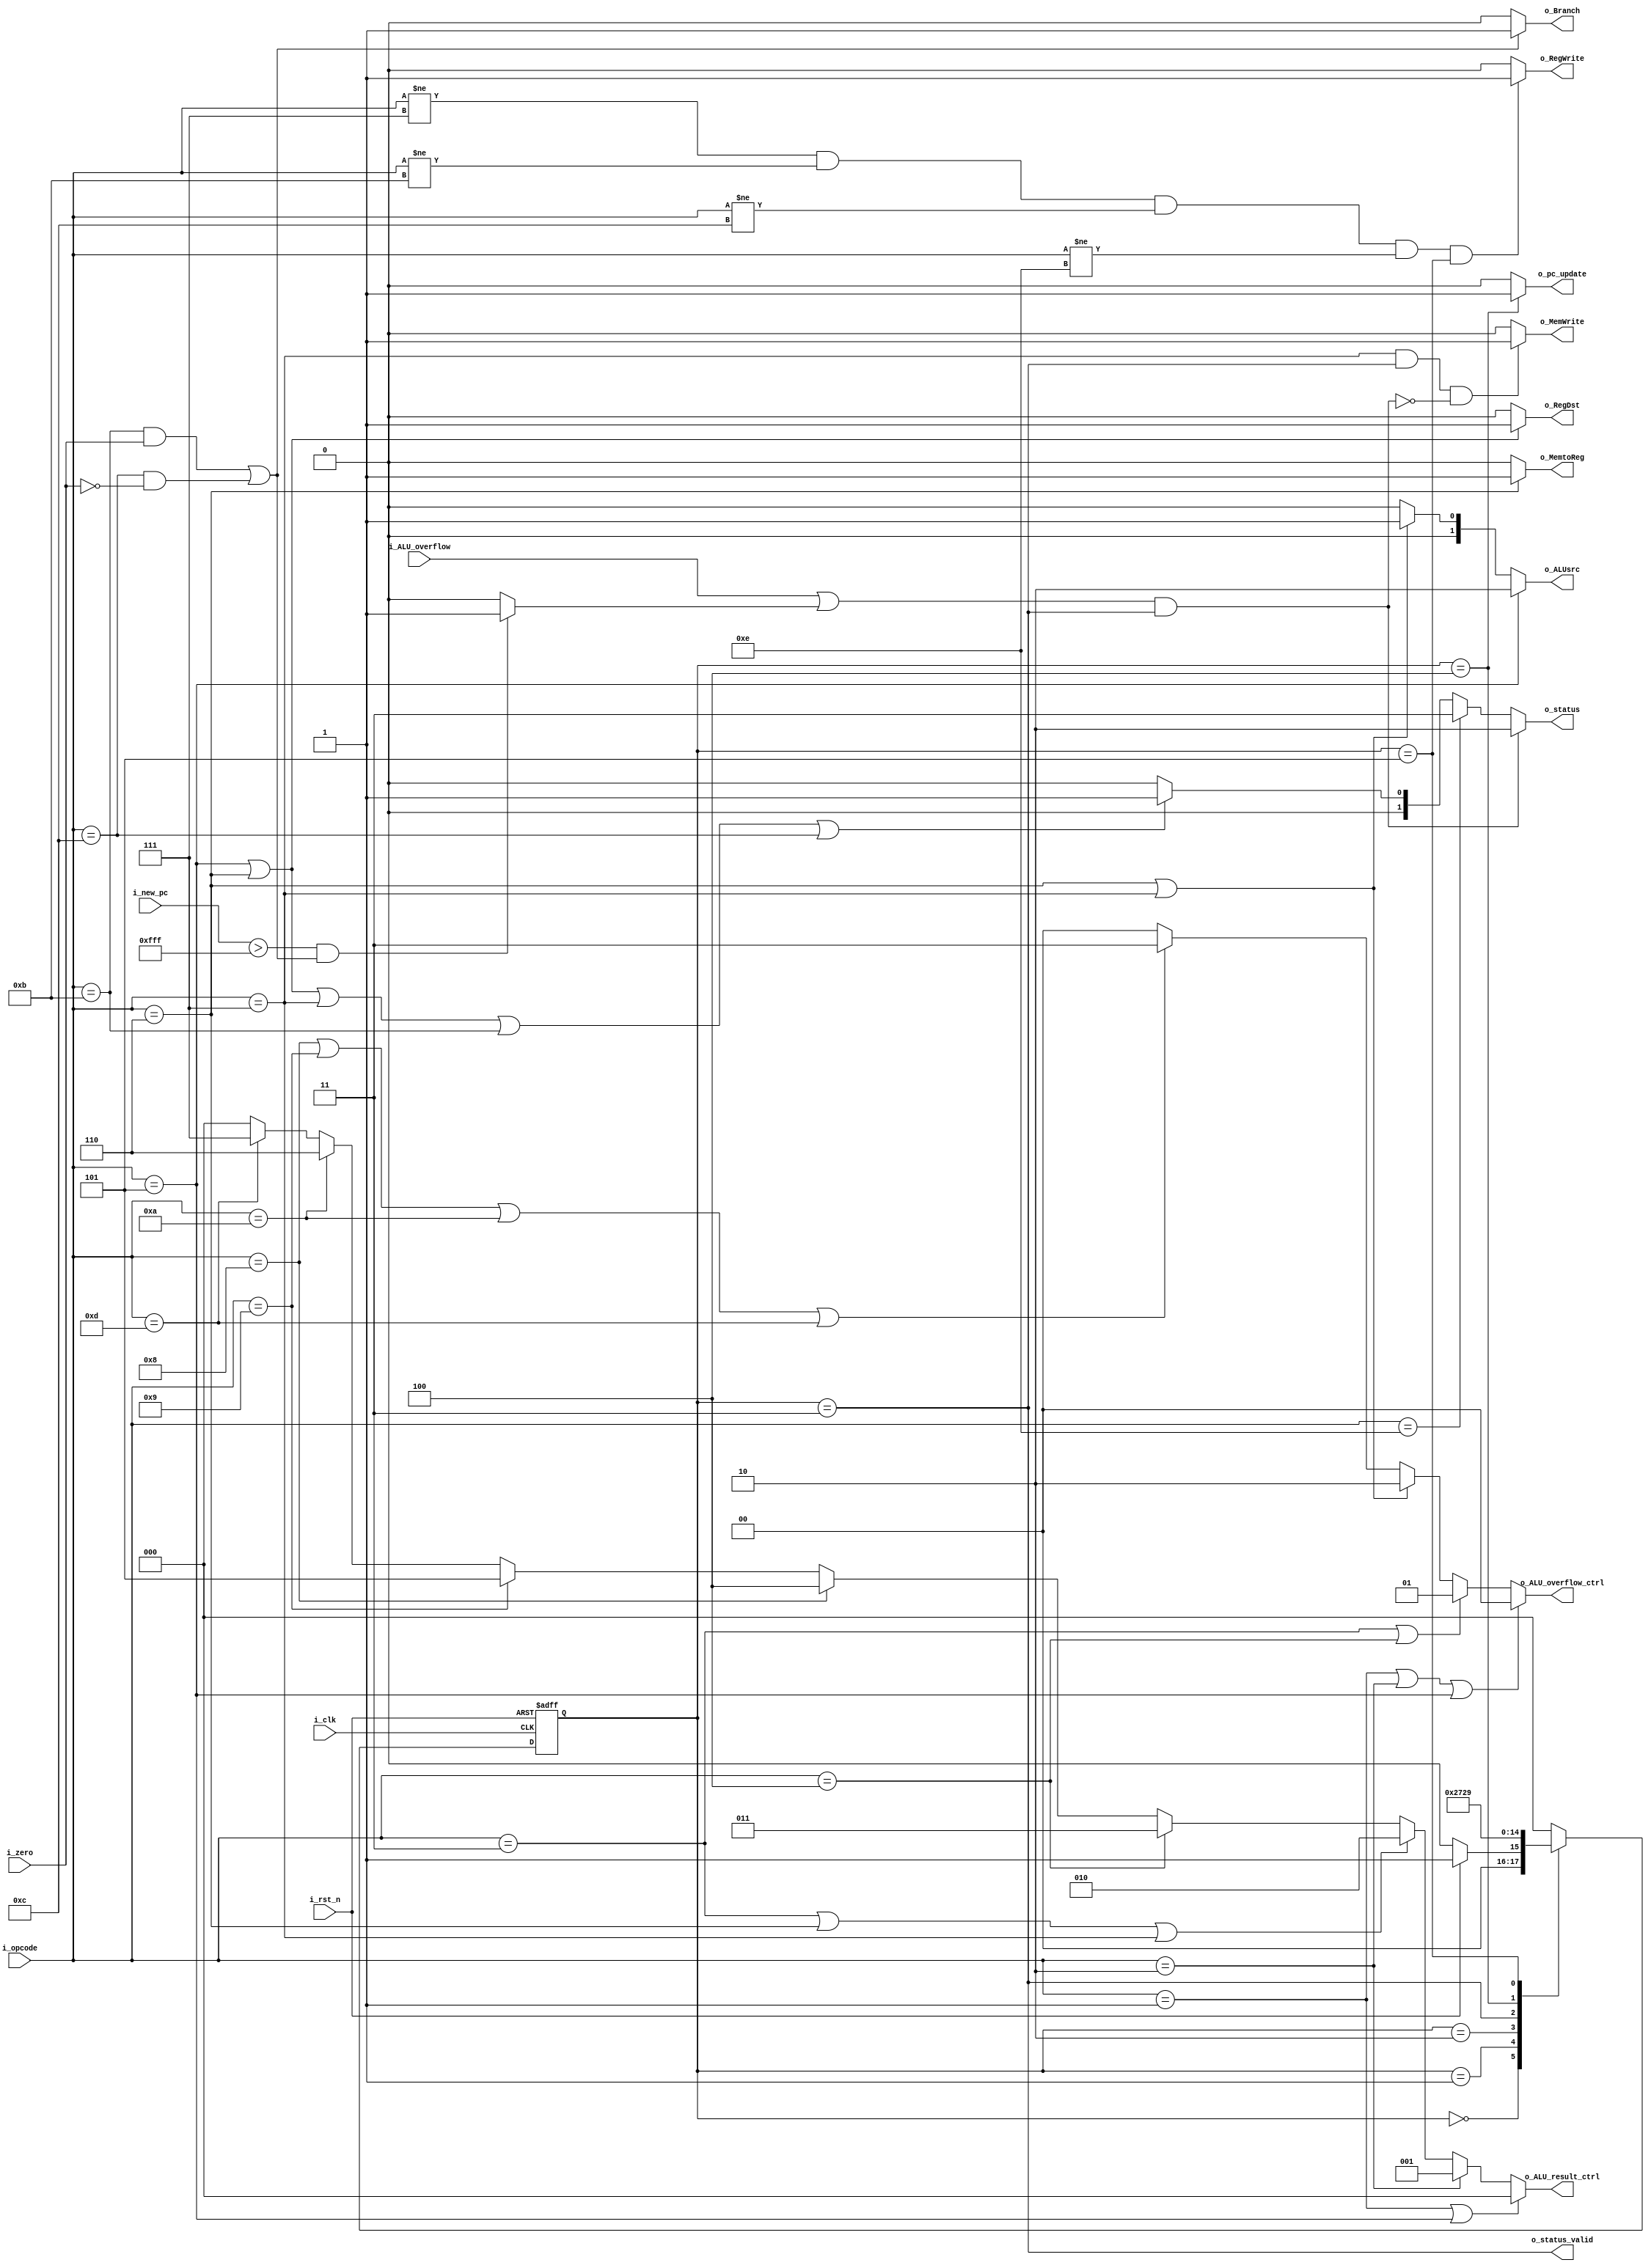
`timescale 1ns/100ps
module control(
  input        i_clk,
  input [5:0]  i_opcode,
  input        i_rst_n,
  input        i_zero,
  input [33:0] i_new_pc,
  input        i_ALU_overflow,
  
  output           o_RegDst,
  output           o_Branch,
  output           o_MemWrite,
  output           o_MemtoReg,
  output     [1:0] o_ALUsrc,
  output           o_RegWrite,
  output reg [2:0] o_ALU_result_ctrl,
  output reg [1:0] o_ALU_overflow_ctrl,
  output           o_pc_update,
  output [1:0]     o_status,
  output           o_status_valid
);
  
  parameter  RST = 3'b000,
             IF  = 3'b001,
             ID  = 3'b010,
             EX  = 3'b011,
             MEM = 3'b100,
             WB  = 3'b101;
  
  reg [2:0] state;
  reg [2:0] n_state;
  wire overflow;
  wire overflow_2;
  //wire overflow_3;
  
  assign overflow = (i_ALU_overflow || overflow_2) && (state==EX);            //overflow occur, trigger the signal on state EX
  assign overflow_2 = (i_new_pc>34'd4095 && (i_opcode==6'd11&&i_zero || i_opcode==6'd12&&(~i_zero)))?1'b1:1'b0;                                        //I memory overflow
  //assign overflow_3 = (i_dmem_addr>33'd255 && (i_opcode==6'd6 || i_opcode==6'd7))?1'b1:1'b0;//D memory overflow
  
  assign o_status = (overflow)?2'd2:
                    (i_opcode==6'd14)?2'd3:
                    (i_opcode==6'd5 || i_opcode==6'd6 || i_opcode==6'd7 || i_opcode==6'd11 || i_opcode==6'd12)?2'd1:
                    2'd0;
  assign o_status_valid = (state==EX);
  
  //wire op_o_ALUsrc1 = (i_opcode==6'd5 || i_opcode==6'd6 || i_opcode==6'd7);
  //wire op_o_ALUsrc2 = i_opcode==6'd11 || i_opcode==6'd12;
  wire op_reg_write = (i_opcode!=6'd7 && i_opcode!=6'd11 && i_opcode!=6'd12 && i_opcode!=6'd14);//need to write data to register file
  
  assign o_RegDst = (i_opcode==6'd5 || i_opcode==6'd6)?1'b1:1'b0;
  assign o_Branch = (i_opcode==6'd11 && i_zero || i_opcode==6'd12 && ~i_zero)?1'b1:1'b0;
  assign o_MemWrite = (i_opcode==6'd7 && state==EX && ~overflow)?1'b1:1'B0;
  assign o_MemtoReg = (i_opcode==6'd6)?1'b1:1'b0;
  assign o_ALUsrc = (i_opcode==6'd5)?                  2'd2:
                    (i_opcode==6'd6 || i_opcode==6'd7)?2'b1:
                    2'd0;
  assign o_RegWrite = (op_reg_write && state==WB)?1'b1:1'b0;
  assign o_pc_update = (state==MEM)?1'b1:1'b0;
  
  always@(posedge i_clk or negedge i_rst_n)begin
    if(~i_rst_n)begin
      state <= RST;
    end else begin
      state <= n_state;
    end
  end
  
  always@(*)begin
    case(state)
      RST:n_state = (~i_rst_n)?RST:IF;
      IF :n_state = ID;
      ID :n_state = EX;
      EX :n_state = MEM;
      MEM:n_state = WB;
      WB :n_state = IF;
      default:n_state = RST;
    endcase
  end
  
  always@(*)begin
    o_ALU_result_ctrl = (i_opcode==6'd1 || i_opcode==6'd5)?                  3'd0://signed add
                        (i_opcode==6'd2)?                                    3'd1://signed sub
                        (i_opcode==6'd3 || i_opcode==6'd6 || i_opcode==6'd7)?3'd2://unsigned add
                        (i_opcode==6'd4)?                                    3'd3://unsigned sub
                        (i_opcode==6'd8)?                                    3'd4://AND
                        (i_opcode==6'd9)?                                    3'd5://OR
                        (i_opcode==6'd10)?                                   3'd6://NOR
                        (i_opcode==6'd13)?                                   3'd7://SLT
                        3'd0;                                                     //other, don't care
    
    o_ALU_overflow_ctrl = (i_opcode==6'd1 || i_opcode==6'd2 || i_opcode==6'd5)                    ?2'd0://signed overflow
                          (i_opcode==6'd3 || i_opcode==6'd4)                                      ?2'd1://unsigned overflow
                          (i_opcode==6'd6 || i_opcode==6'd7)                                      ?2'd2://D memory overflow
                          (i_opcode==6'd8 || i_opcode==6'd9 || i_opcode==6'd10 || i_opcode==6'd13)?2'd3://no overflow
                          2'd0;                                                                         //other, don't care
  end
  
endmodule